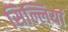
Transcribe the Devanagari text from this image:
सिल्लियां